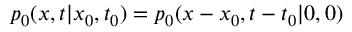
p _ { 0 } ( x , t | x _ { 0 } , t _ { 0 } ) = p _ { 0 } ( x - x _ { 0 } , t - t _ { 0 } | 0 , 0 )